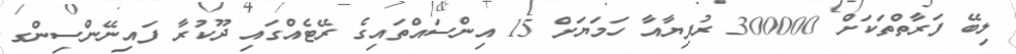
ލިބޭ ފަރާތްތަކަށް 300000 ރުފިޔާއާ ހަމަޔަށް 15 އިންސައްތައިގެ ރޭޓެއްގައި ދޫކުރާ ފައިނޭންސިންގ